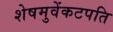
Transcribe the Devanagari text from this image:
शेषमुवेंकटपति